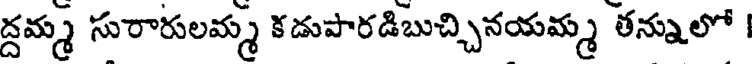
ద్దమ్మ సురారులమ్మ కడుపారడిబుచ్చినయమ్మ తన్నులో